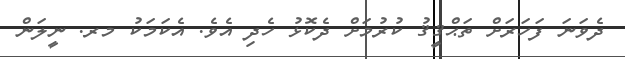
ދެވަނަ ފަހަރަށް ތަޙްޤީޤު ކުރުމަށް ދެކޮޅު ހެދި އެވެ. އެކަމަކު މރ. ނީލަން